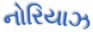
નોરિયાઝ